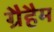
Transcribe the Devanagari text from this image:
ग्रैहैम